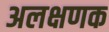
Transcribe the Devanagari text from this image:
अलक्षणक